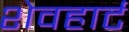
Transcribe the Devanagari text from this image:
शेवहार्ट